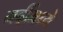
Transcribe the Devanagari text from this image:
गर्दीमध्ये